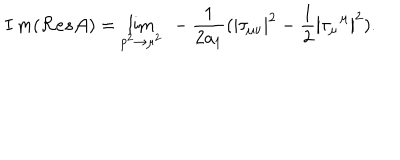
LaTeX: I \, m ( { \cal R } e s { \cal A } ) = \lim _ { p ^ { 2 } \rightarrow \mu ^ { 2 } } { \ - \frac 1 { 2 a _ { 1 } } ( \left| \tau _ { \mu \nu } \right| ^ { 2 } - \frac 1 2 \left| \tau _ { \mu } ^ { \, \, \, \mu } \right| ^ { 2 } ) . }